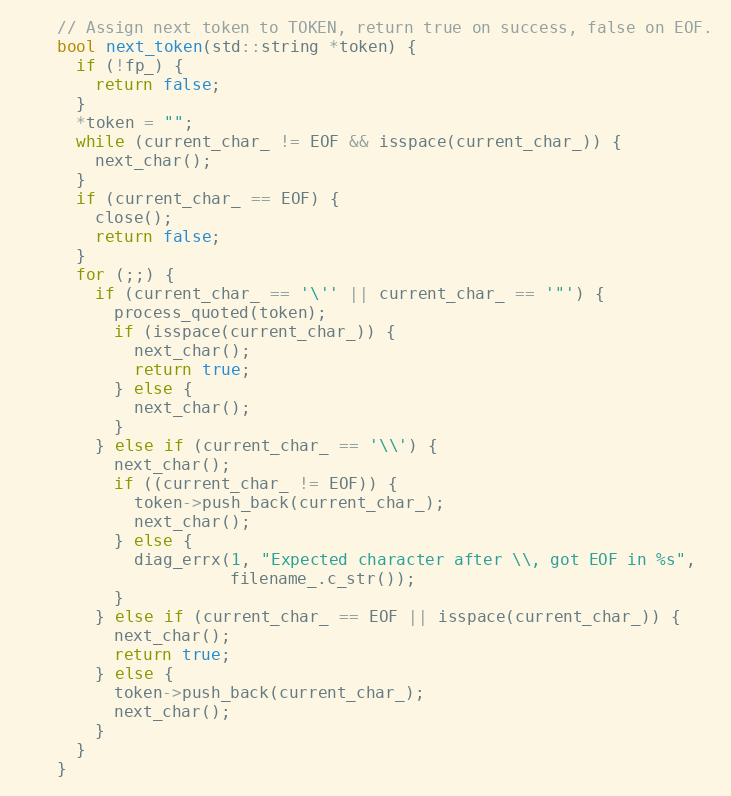
Language: C
    // Assign next token to TOKEN, return true on success, false on EOF.
    bool next_token(std::string *token) {
      if (!fp_) {
        return false;
      }
      *token = "";
      while (current_char_ != EOF && isspace(current_char_)) {
        next_char();
      }
      if (current_char_ == EOF) {
        close();
        return false;
      }
      for (;;) {
        if (current_char_ == '\'' || current_char_ == '"') {
          process_quoted(token);
          if (isspace(current_char_)) {
            next_char();
            return true;
          } else {
            next_char();
          }
        } else if (current_char_ == '\\') {
          next_char();
          if ((current_char_ != EOF)) {
            token->push_back(current_char_);
            next_char();
          } else {
            diag_errx(1, "Expected character after \\, got EOF in %s",
                      filename_.c_str());
          }
        } else if (current_char_ == EOF || isspace(current_char_)) {
          next_char();
          return true;
        } else {
          token->push_back(current_char_);
          next_char();
        }
      }
    }